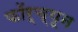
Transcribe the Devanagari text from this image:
फॉर्च्‍यून